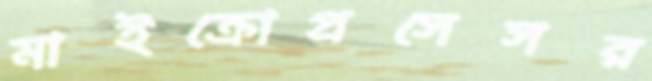
মাইক্রোপ্রসেসর